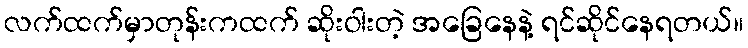
လက်ထက်မှာတုန်းကထက် ဆိုးဝါးတဲ့ အခြေနေနဲ့ ရင်ဆိုင်နေရတယ်။